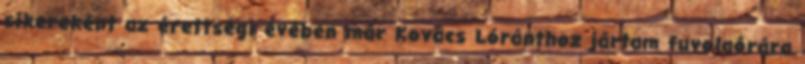
sikereként az érettségi évében már Kovács Lóránthoz jártam fuvolaórára